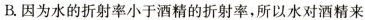
B.因为水的折射率小于酒精的折射率，所以水对酒精来